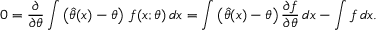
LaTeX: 0 = { \frac { \partial } { \partial \theta } } \int \left( { \hat { \theta } } ( x ) - \theta \right) \, f ( x ; \theta ) \, d x = \int \left( { \hat { \theta } } ( x ) - \theta \right) { \frac { \partial f } { \partial \theta } } \, d x - \int f \, d x .